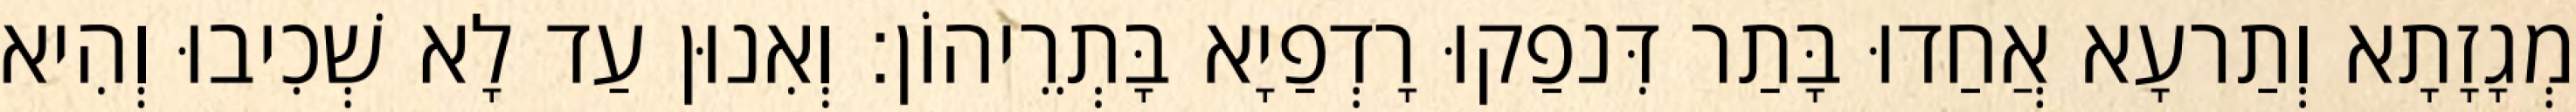
מְגָזָתָא וְתַרעָא אֲחַדוּ בָּתַר דִּנפַקוּ רָדְפַיָא בָּתְרֵיהוֹן׃ וְאִנוּן עַד לָא שְׁכִיבוּ וְהִיא